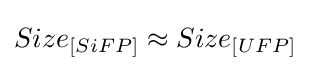
Size_{[SiFP]}\approx Size_{[UFP]}